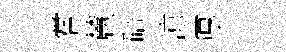
嘗麓碚鿌厚